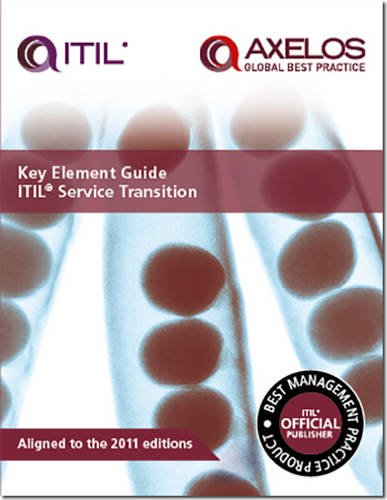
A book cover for Key Element Guide Itil Service Transition: Aligned to the 2011 Editions; Stuart Rance; Computers & Technology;